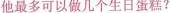
他最多可以做几个生日蛋糕?